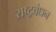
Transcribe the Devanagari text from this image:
राष्ट्रबंधन